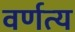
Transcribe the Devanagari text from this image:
वर्णत्य